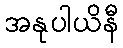
အနုပါယိနီ